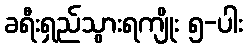
ခရီးရှည်သွားရကျိုး ၅-ပါး